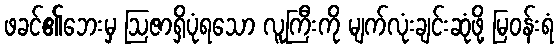
ဖခင်၏ဘေးမှ ဩဇာရှိပုံရသော လူကြီးကို မျက်လုံးချင်းဆုံဖို့ မြဝန်းရံ